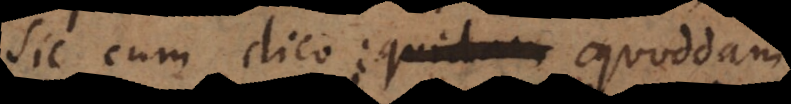
Sic cum dico quoddam